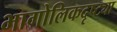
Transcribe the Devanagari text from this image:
भागोलिकदृष्ट्या